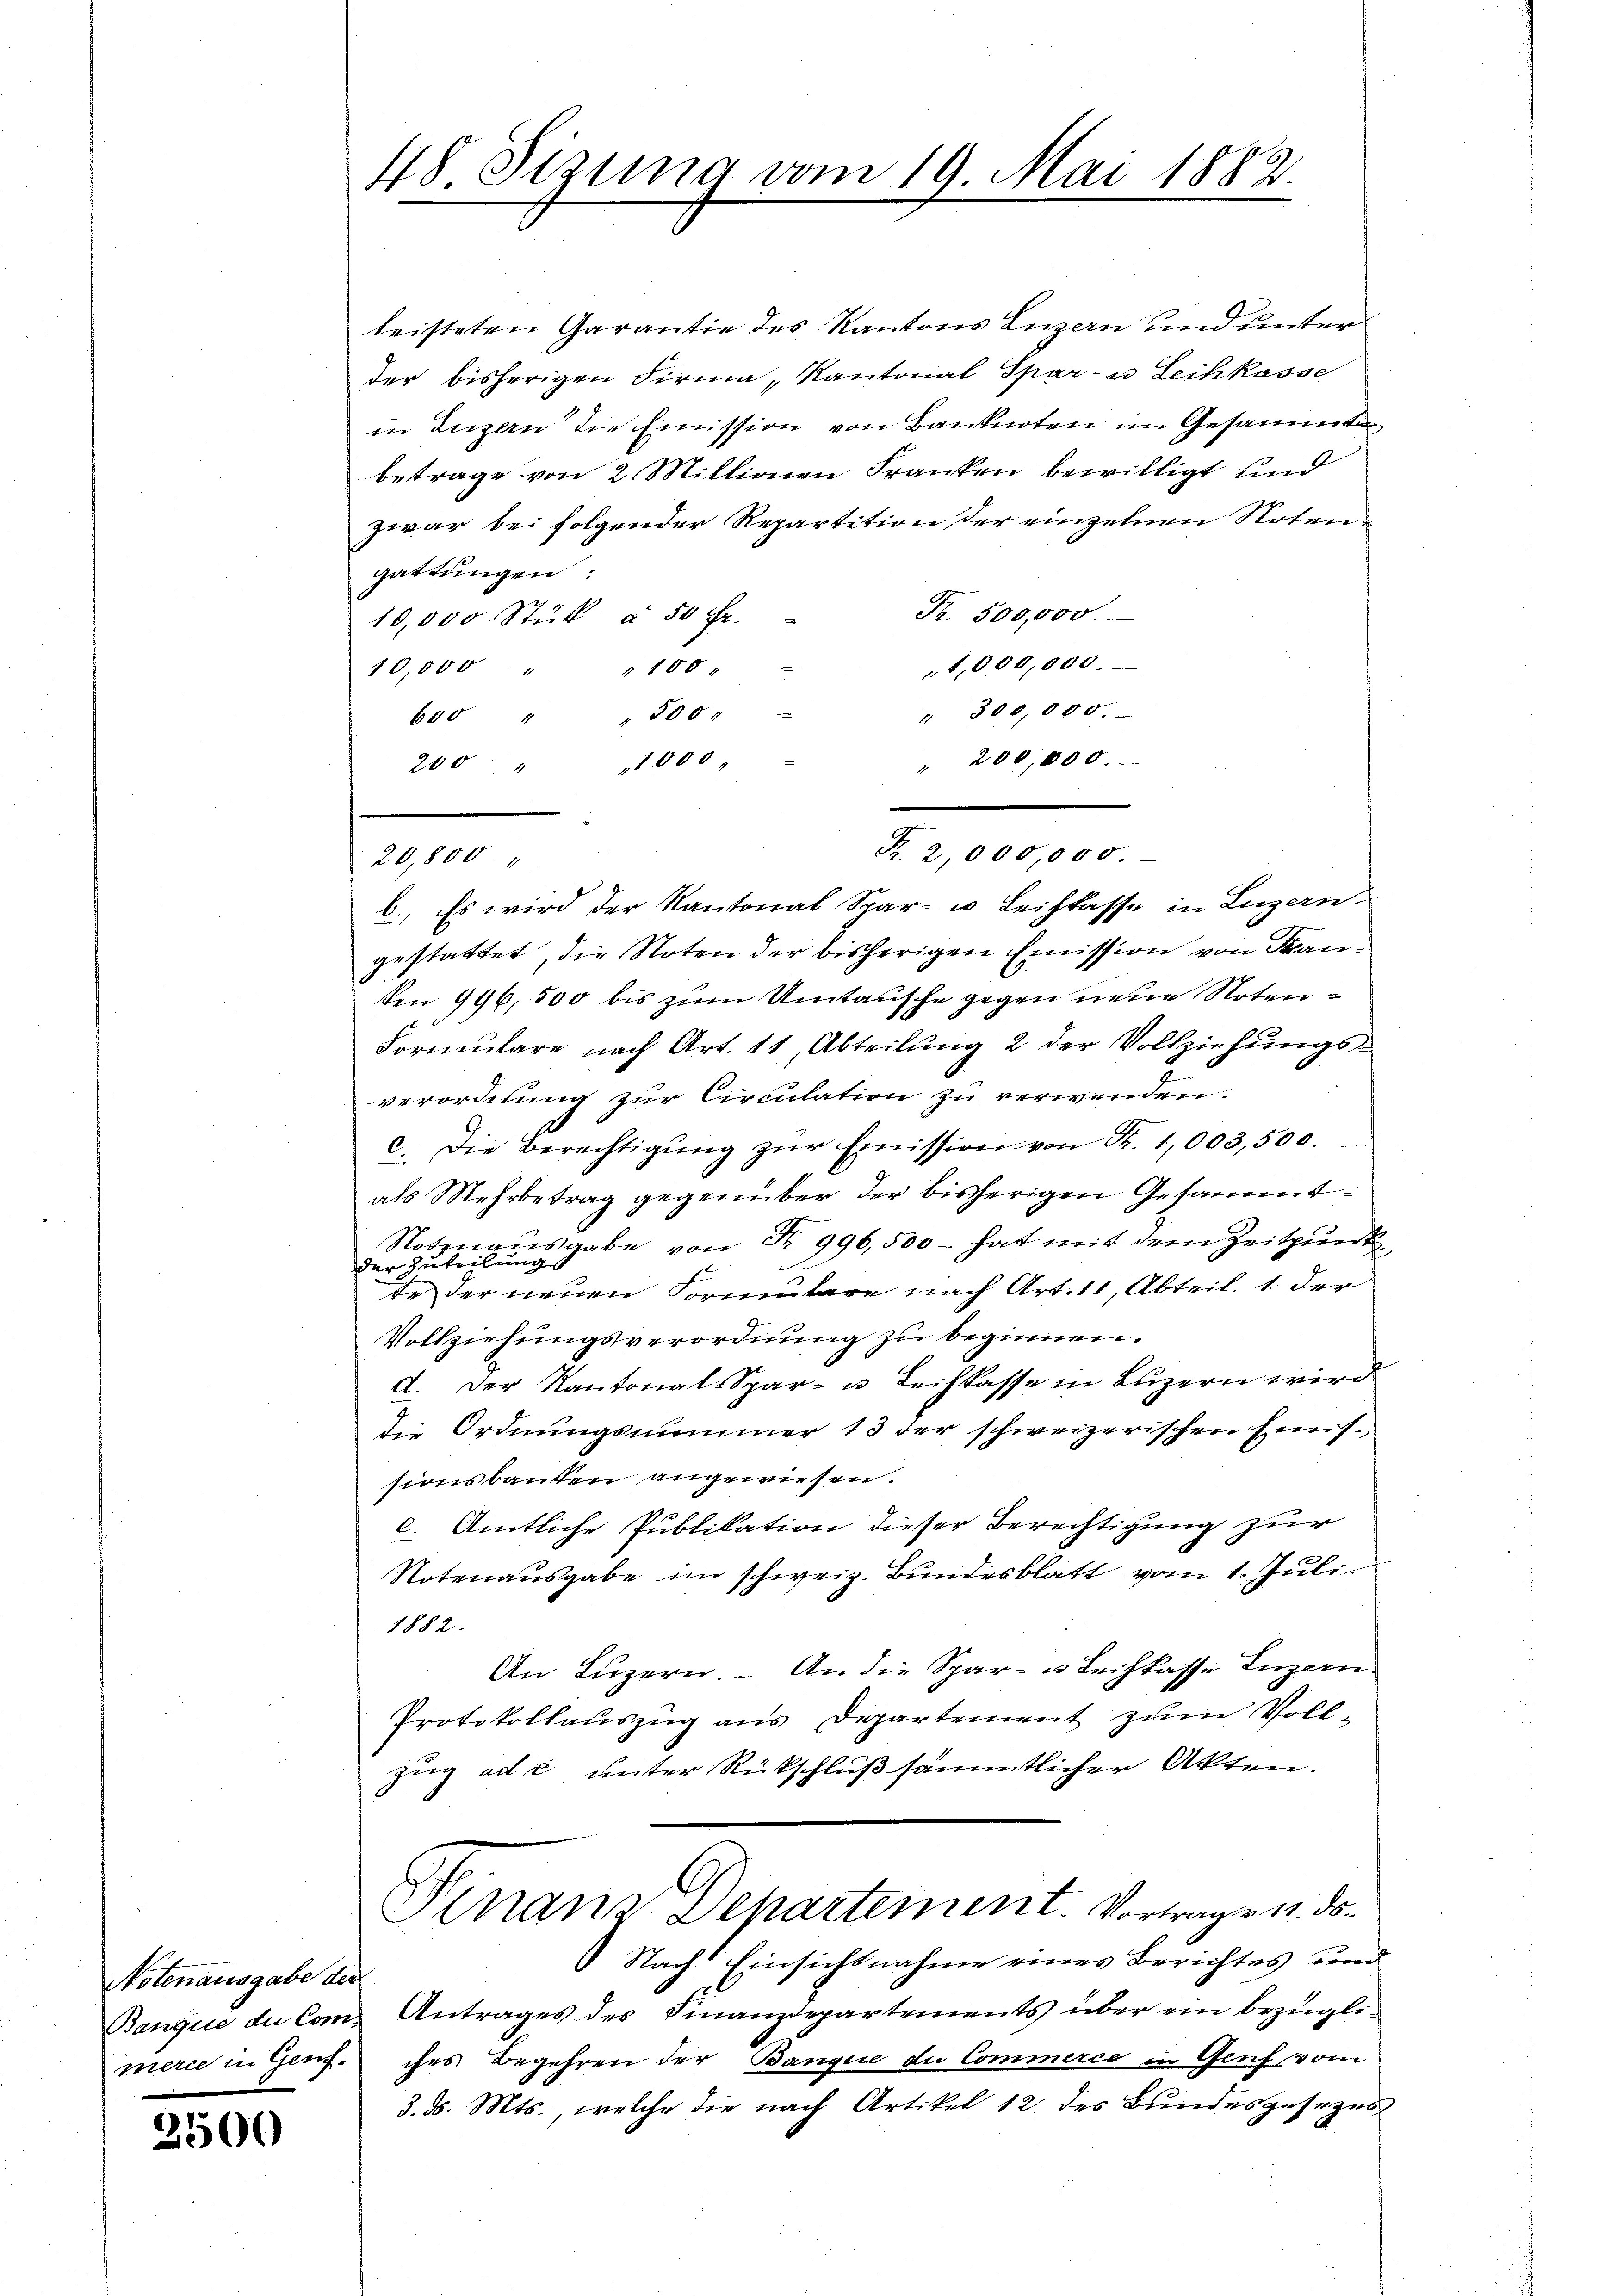
Notenausgabe der
merce in Genf.

2500

48. Sizung vom 19. Mai 1882.

leisteten Garantie des Kantons Luzern und unter
der bisherigen Firma „Kantonal Spar- u Leihkasse
in Luzern die Emission von Banknoten in Gesammta
betrage von 2 Millionen Franken bewilligt und
zwar bei folgender Repartition der einzelnen Notengattungen:
Fr. 500,000.
10,000 Stück à 50 fr.
1,000,000.
10,000 " " 100
" 300,000.
bad " " 300 "
" 200,000.
200 " 1000
20,800
b.) Es wird der Kantonal Spar- u Leihkasse in Luzern.
gestattet, die Noten der bisherigen Emission von Fran¬
Ven 996,500 bis zum Umtausche gegen neue Noten¬
Formulare nach Art. 11, Abteilung 2 der Vollziehungs-
verordnung zur Circulation zu verwenden.
c. Die Berechtigŭng zŭr Emission von Fr. 1,003,500.
als Mehrbetrag gegenüber der bisherigen Gesammt¬
Notznausgabe von Fr. 996,500 - hat mit dem Zeitpunkder Zuteilungs
In der neuen Formulare nach Art. 11, Abteil. 1 der
Vollziehungsverordnung zu beginnen.
d. Der Kantonal Spar- u Leihkasse in Lŭzern wird
die Ordnungsnommer 13 der schweizerischen Enissionsbauten angewiesen.
e. Amtliche Publikation dieser Berechtigung zur
Notenausgabe im schweiz. Bundesblatt vom 1. Juli
1882.
An Luzern. – An die Spar- u Leihkasse Luzern
Protokollauszug aus Departement zum Vollzug ad c. unter Rückschluß sämmtlicher Akten.
Vinanz-Departement. Vortrage u. ds.
Nach Einsichtnahme eines Berichtes und
Banque de Com Antrages des Finanzdepartements über ein bezügliches Begehren der Bangire du Commerce in Genf vom
3. d. Mts., welche die nach Artikel 12 des Bundesgesezes¬

Fr. 2,000,000.